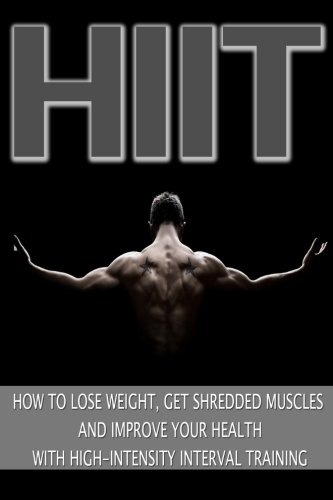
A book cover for HIIT: How to Lose Weight, Get Shredded Muscles and Improve Your Health with High; Mark Jones; Health, Fitness & Dieting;